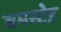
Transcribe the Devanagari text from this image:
बमस्टेड